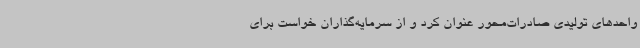
واحدهای تولیدی صادرات‌محور عنوان کرد و از سرمایه‌گذاران خواست برای